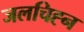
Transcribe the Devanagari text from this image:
जलचिह्न